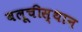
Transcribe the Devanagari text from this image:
बलूचीस्थान